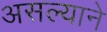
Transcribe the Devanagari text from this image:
असल्याने